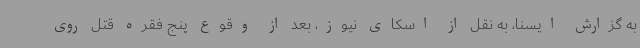
به گزارش ایسنا، به نقل از اسکای نیوز، بعد از وقوع پنج فقره قتل روی